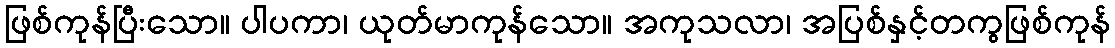
ဖြစ်ကုန်ပြီးသော။ ပါပကာ၊ ယုတ်မာကုန်သော။ အကုသလာ၊ အပြစ်နှင့်တကွဖြစ်ကုန်